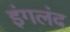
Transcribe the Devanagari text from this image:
इंगलंद